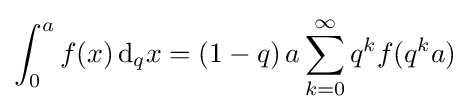
\int _{0}^{a}f(x)\,{\rm {d}}_{q}x=(1-q)\,a\sum _{k=0}^{\infty }q^{k}f(q^{k}a)